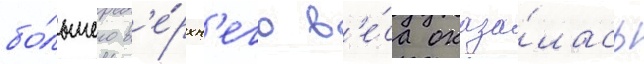
бо́льшего в'е́рхн'его в'е́са оказа́лась